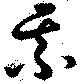
某